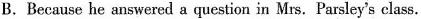
B.Because he answered a question in Mrs. Parsley's class.